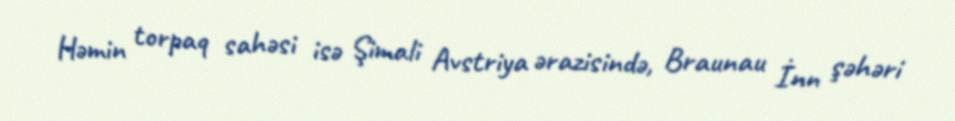
Həmin torpaq sahəsi isə Şimali Avstriya ərazisində, Braunau İnn şəhəri